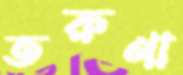
তরুণা